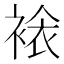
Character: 𧛄